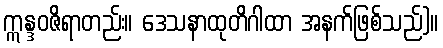
ဣန္ဒဝဇိရာတည်း။ ဒေသနာထုတိဂါထာ အနက်ဖြစ်သည်)။